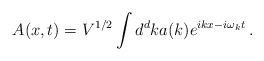
\begin{align*}A(x,t) = V^{1/2} \int d^dk a(k) e^{ikx-i\omega_k t} \, .\end{align*}